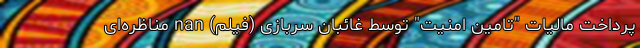
پرداخت مالیات "تامین امنیت" توسط غائبان سربازی (فیلم) nan مناظره‌ای